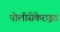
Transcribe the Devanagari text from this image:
पोलीसेकेराइड